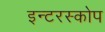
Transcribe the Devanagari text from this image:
इन्टरस्कोप